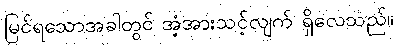
မြင်ရသောအခါတွင် အံ့အားသင့်လျက် ရှိလေသည်။